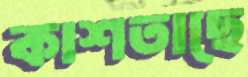
কাশতাছে